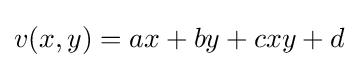
v(x,y)=ax+by+cxy+d